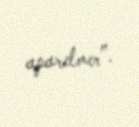
aparılmır”.